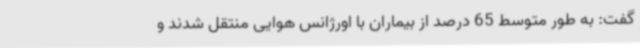
گفت: به طور متوسط 65 درصد از بیماران با اورژانس هوایی منتقل شدند و